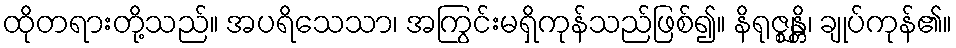
ထိုတရားတို့သည်။ အပရိသေသာ၊ အကြွင်းမရှိကုန်သည်ဖြစ်၍။ နိရုဇ္ဈန္တိ၊ ချုပ်ကုန်၏။